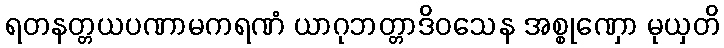
ရတနတ္တယပဏာမကရဏံ ယာဂုဘတ္တာဒိဝသေန အစ္စုဏှော မုယှတိ